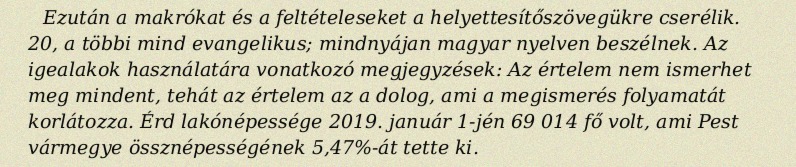
Ezután a makrókat és a feltételeseket a helyettesítőszövegükre cserélik. 20, a többi mind evangelikus; mindnyájan magyar nyelven beszélnek. Az igealakok használatára vonatkozó megjegyzések: Az értelem nem ismerhet meg mindent, tehát az értelem az a dolog, ami a megismerés folyamatát korlátozza. Érd lakónépessége 2019. január 1-jén 69 014 fő volt, ami Pest vármegye össznépességének 5,47%-át tette ki.